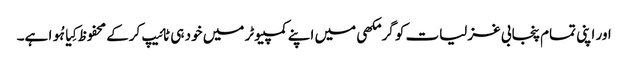
اور اپنی تمام پنجابی غزلیات کو گرمکھی میں اپنے کمپیوٹر میں خود ہی ٹائیپ کرکے محفوظ کِیا ہُوا ہے۔